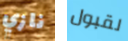
نازي لقبول